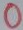
Text: 0